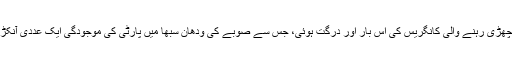
یو پی میں ہمیشہ پچھڑی رہنے والی کانگریس کی اس بار اور درگت ہوئی، جس سے صوبے کی ودھان سبھا میں پارٹی کی موجودگی ایک عددی آنکڑے میں سمٹ گئی۔